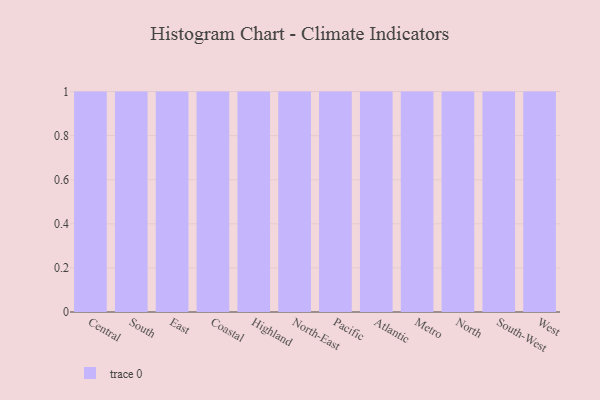
{"axis": {"x": "Region", "y": "Energy Usage (MWh)"}, "legend": [""], "data": [{"x": "Central", "y": 25, "type": ""}, {"x": "South", "y": 25, "type": ""}, {"x": "East", "y": 23, "type": ""}, {"x": "Coastal", "y": 46, "type": ""}, {"x": "Highland", "y": 88, "type": ""}, {"x": "North-East", "y": 98, "type": ""}, {"x": "Pacific", "y": 52, "type": ""}, {"x": "Atlantic", "y": 41, "type": ""}, {"x": "Metro", "y": 56, "type": ""}, {"x": "North", "y": 29, "type": ""}, {"x": "South-West", "y": 59, "type": ""}, {"x": "West", "y": 51, "type": ""}]}